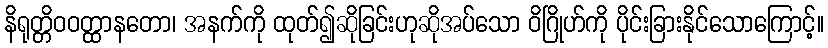
နိရုတ္တိဝဝတ္ထာနတော၊ အနက်ကို ထုတ်၍ဆိုခြင်းဟုဆိုအပ်သော ဝိဂြိုဟ်ကို ပိုင်းခြားနိုင်သောကြောင့်။